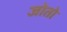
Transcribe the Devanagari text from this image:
जोतो